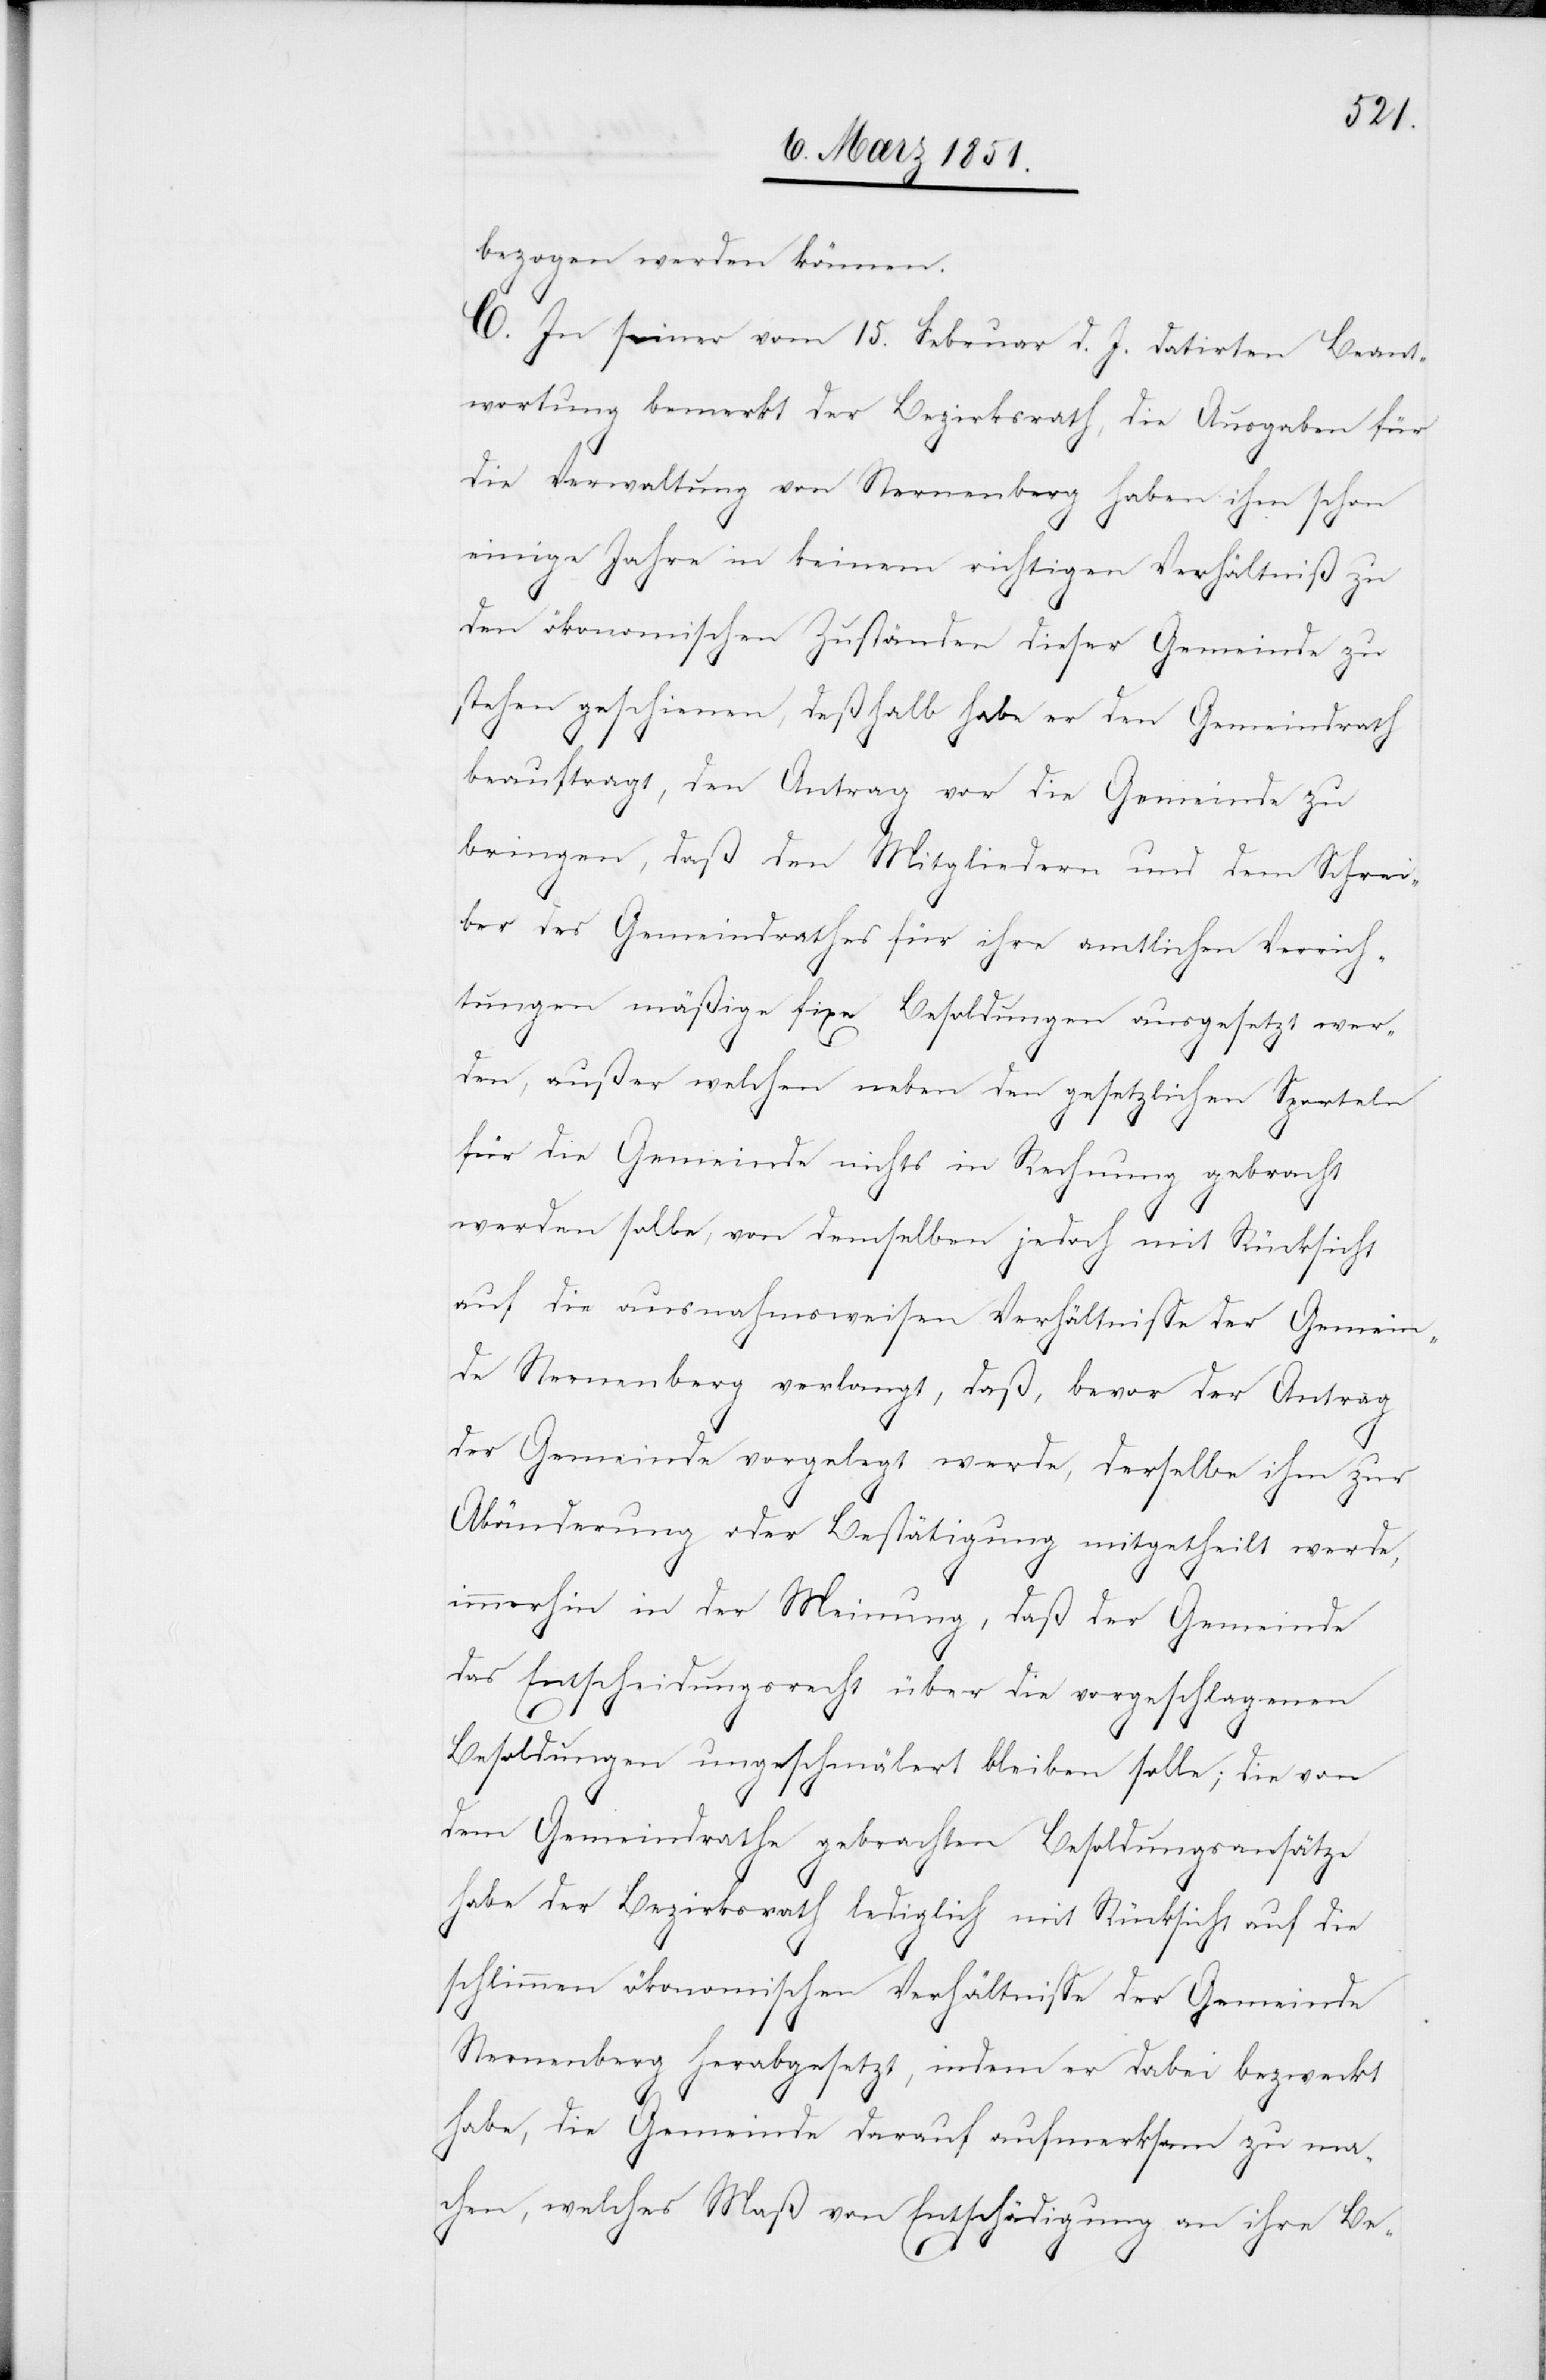
bezogen werden können.
C. In seiner vom 15. Februar d. J. datirten Beant¬
wortung bemerkt der Bezirksrath, die Ausgaben für
die Verwaltung von Sternenberg haben ihm schon
einige Jahre in keinem richtigen Verhältniß zu
den ökonomischen Zuständen dieser Gemeinde zu
stehen geschienen, deßhalb habe er den Gemeindrath
beauftragt, den Antrag vor die Gemeinde zu
bringen, daß den Mitgliedern und dem Schrei¬
ber des Gemeindrathes für ihre amtlichen Verrich¬
tungen mäßige fixe Besoldungen ausgesetzt wer¬
den, außer welchen neben den gesetzlichen Sporteln
für die Gemeinde nichts in Rechnung gebracht
werden solle, von demselben jedoch mit Rücksicht
auf die ausnahmsweisen Verhältnisse der Gemein¬
de Sternenberg verlangt, daß, bevor der Antrag
der Gemeinde vorgelegt werde, derselbe ihm zur
Abänderung oder Bestätigung mitgetheilt werde,
immerhin in der Meinung, daß der Gemeinde
das Entscheidungsrecht über die vorgeschlagenen
Besoldungen ungeschmälert bleiben solle; die von
dem Gemeindrathe gebrachten Besoldungsansätze
habe der Bezirksrath lediglich mit Rücksicht auf die
schlimmen ökonomischen Verhältnisse der Gemeinde
Sternenberg herabgesetzt, indem er dabei bezweckt
habe, die Gemeinde darauf aufmerksam zu ma¬
chen, welches Maß von Entschädigung an ihre Be-